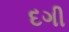
દગી